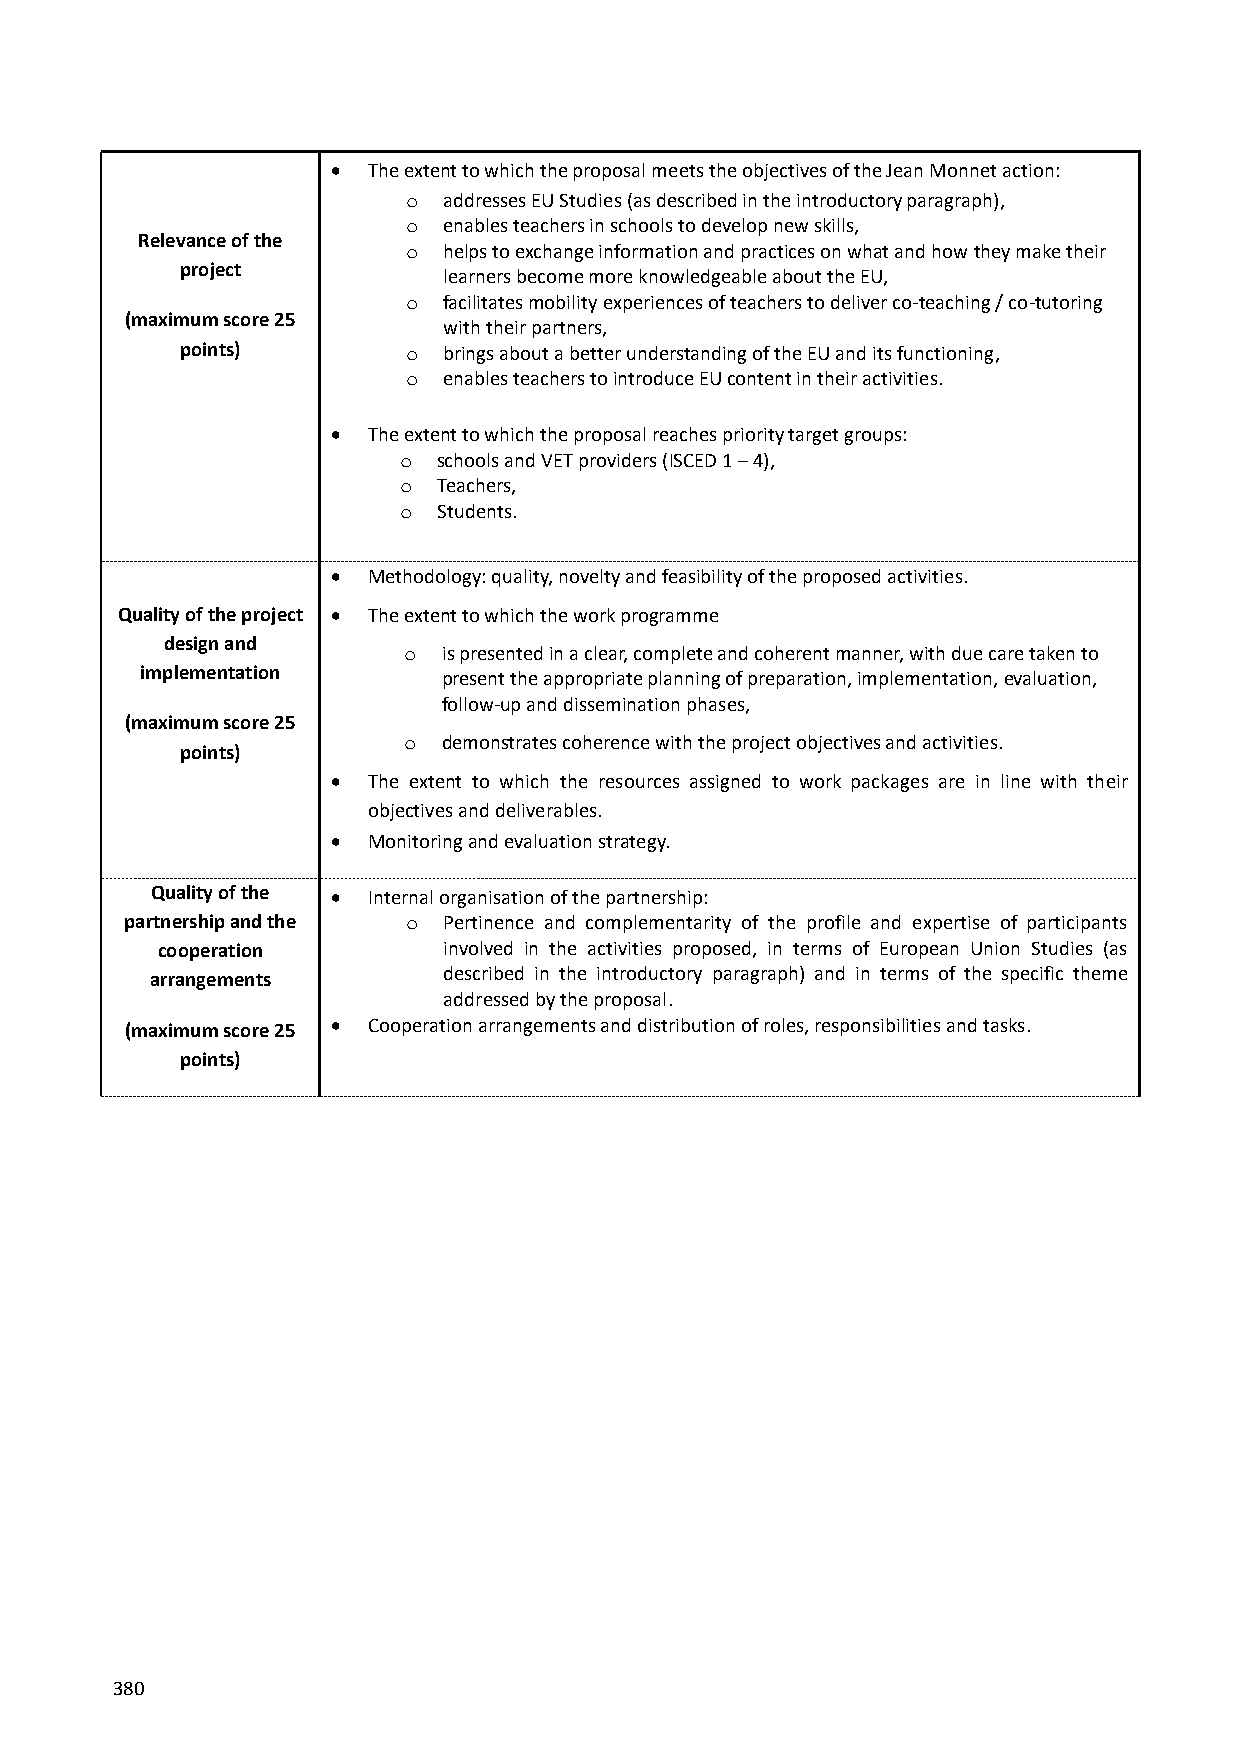
 The extent to which the proposal meets the objectives of the Jean Monnet action:
 o addresses EU Studies (as described in the introductory paragraph),
 o enables teachers in schools to develop new skills,
 Relevance of the
 o helps to exchange information and practices on what and how they make their
 project
 learners become more knowledgeable about the EU,
 o facilitates mobility experiences of teachers to deliver co-teaching / co-tutoring
 (maximum score 25
 with their partners,
 points)        o brings about a better understanding of the EU and its functioning,
 o enables teachers to introduce EU content in their activities.
  The extent to which the proposal reaches priority target groups:
 o  schools and VET providers (ISCED 1 – 4),
 o  Teachers,
 o  Students.
  Methodology: quality, novelty and feasibility of the proposed activities.
 Quality of the project  The extent to which the work programme
 design and
 o is presented in a clear, complete and coherent manner, with due care taken to
 implementation      present the appropriate planning of preparation, implementation, evaluation,
 follow-up and dissemination phases,
 (maximum score 25
 o demonstrates coherence with the project objectives and activities.
 points)
  The extent to which the resources assigned to work packages are in line with their
 objectives and deliverables.
  Monitoring and evaluation strategy.
 Quality of the  Internal organisation of the partnership:
 partnership and the o Pertinence and complementarity of the profile and expertise of participants
 cooperation        involved in the activities proposed, in terms of European Union Studies (as
 described in the introductory paragraph) and in terms of the specific theme
 arrangements
 addressed by the proposal.
 (maximum score 25  Cooperation arrangements and distribution of roles, responsibilities and tasks.
 points)
 380